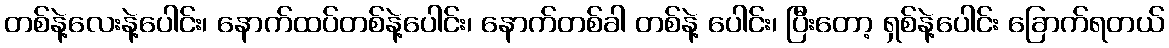
တစ်နဲ့လေးနဲ့ပေါင်း၊ နောက်ထပ်တစ်နဲ့ပေါင်း၊ နောက်တစ်ခါ တစ်နဲ့ ပေါင်း၊ ပြီးတော့ ရှစ်နဲ့ပေါင်း ခြောက်ရတယ်